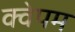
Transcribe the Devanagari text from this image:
क्वेपम